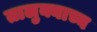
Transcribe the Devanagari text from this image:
तालुक्याच्य